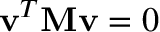
\mathbf { v } ^ { T } \mathbf { M } \mathbf { v } = 0